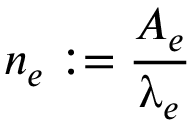
n _ { e } : = \frac { A _ { e } } { \uplambda _ { e } }